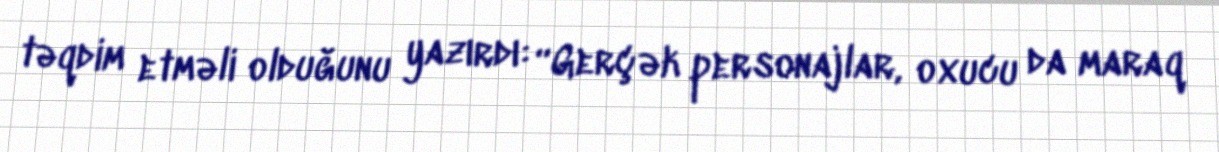
təqdim etməli olduğunu yazırdı: “Gerçək personajlar, oxucu da maraq